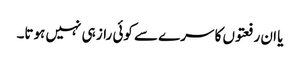
یا ان رفعتوں کا سرے سے کوئی راز ہی نہیں ہوتا۔